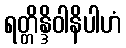
ရတ္တိန္ဒိဝါနိပါဟံ